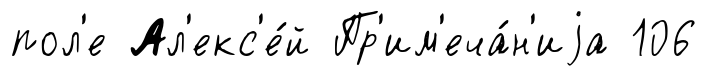
пол'е Ал'екс'е́й Пр'им'еча́н'иjа 106